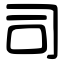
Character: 司